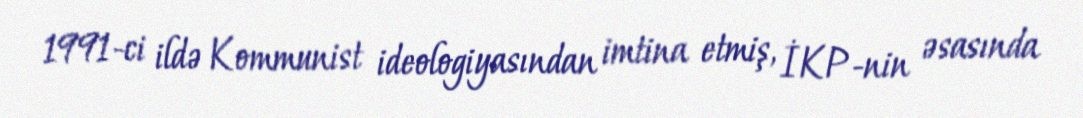
1991-ci ildə Kommunist ideologiyasından imtina etmiş, İKP-nin əsasında